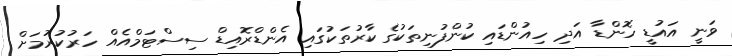
ވަނީ އައުޑީ ހޮންޑާ އަދި ހިއުންޑައި ކުންފުނިތަކުގެ ކާރުތަކުގައި އެންޑްރޮއިޑް ސިސްޓަމްއެއް ހަރުކުރުމަށް